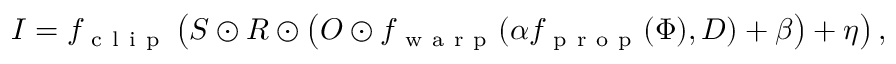
I = f _ { \mathrm { ~ c ~ l ~ i ~ p ~ } } \left( S \odot R \odot \left( O \odot f _ { \mathrm { ~ w ~ a ~ r ~ p ~ } } ( \alpha f _ { \mathrm { ~ p ~ r ~ o ~ p ~ } } ( \Phi ) , D ) + \beta \right) + \eta \right) ,